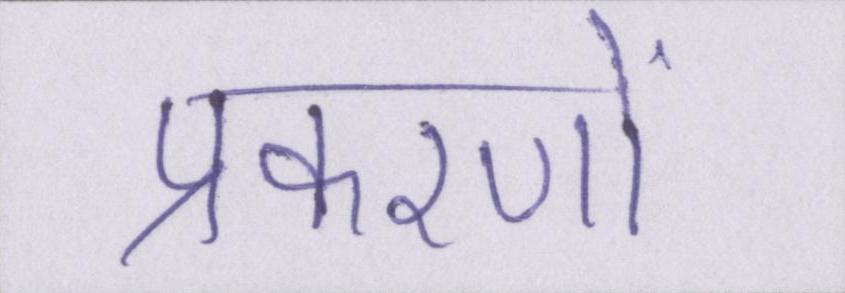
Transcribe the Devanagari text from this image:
प्रकरणों